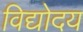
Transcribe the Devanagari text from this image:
विद्योदय